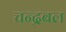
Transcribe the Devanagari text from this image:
चन्द्रबल